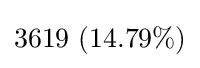
3619\ (14.79\%)